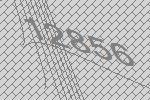
12856